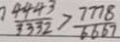
\frac { 4 4 4 3 } { 3 3 3 2 } > \frac { 7 7 7 8 } { 6 6 6 7 }